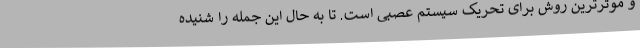
و موثرترین روش برای تحریک سیستم عصبی است. تا به حال این جمله را شنیده